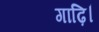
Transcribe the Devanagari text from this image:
गाढ़ि।